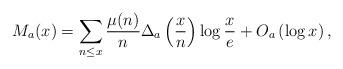
LaTeX: \begin{align*} M_{a}(x) = \sum_{n\leq x}\frac{\mu(n)}{n}\Delta_{a}\left(\frac{x}{n}\right)\log\frac{x}{e} + O_{a}\left(\log x\right), \end{align*}